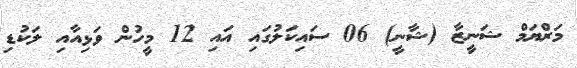
މަރްޔަމް ޝަނީޒާ (ޝާނީ) 06 ސައިކަލުގައި އައި 12 މީހުން ވަޅިއާއި ލަކުޑި